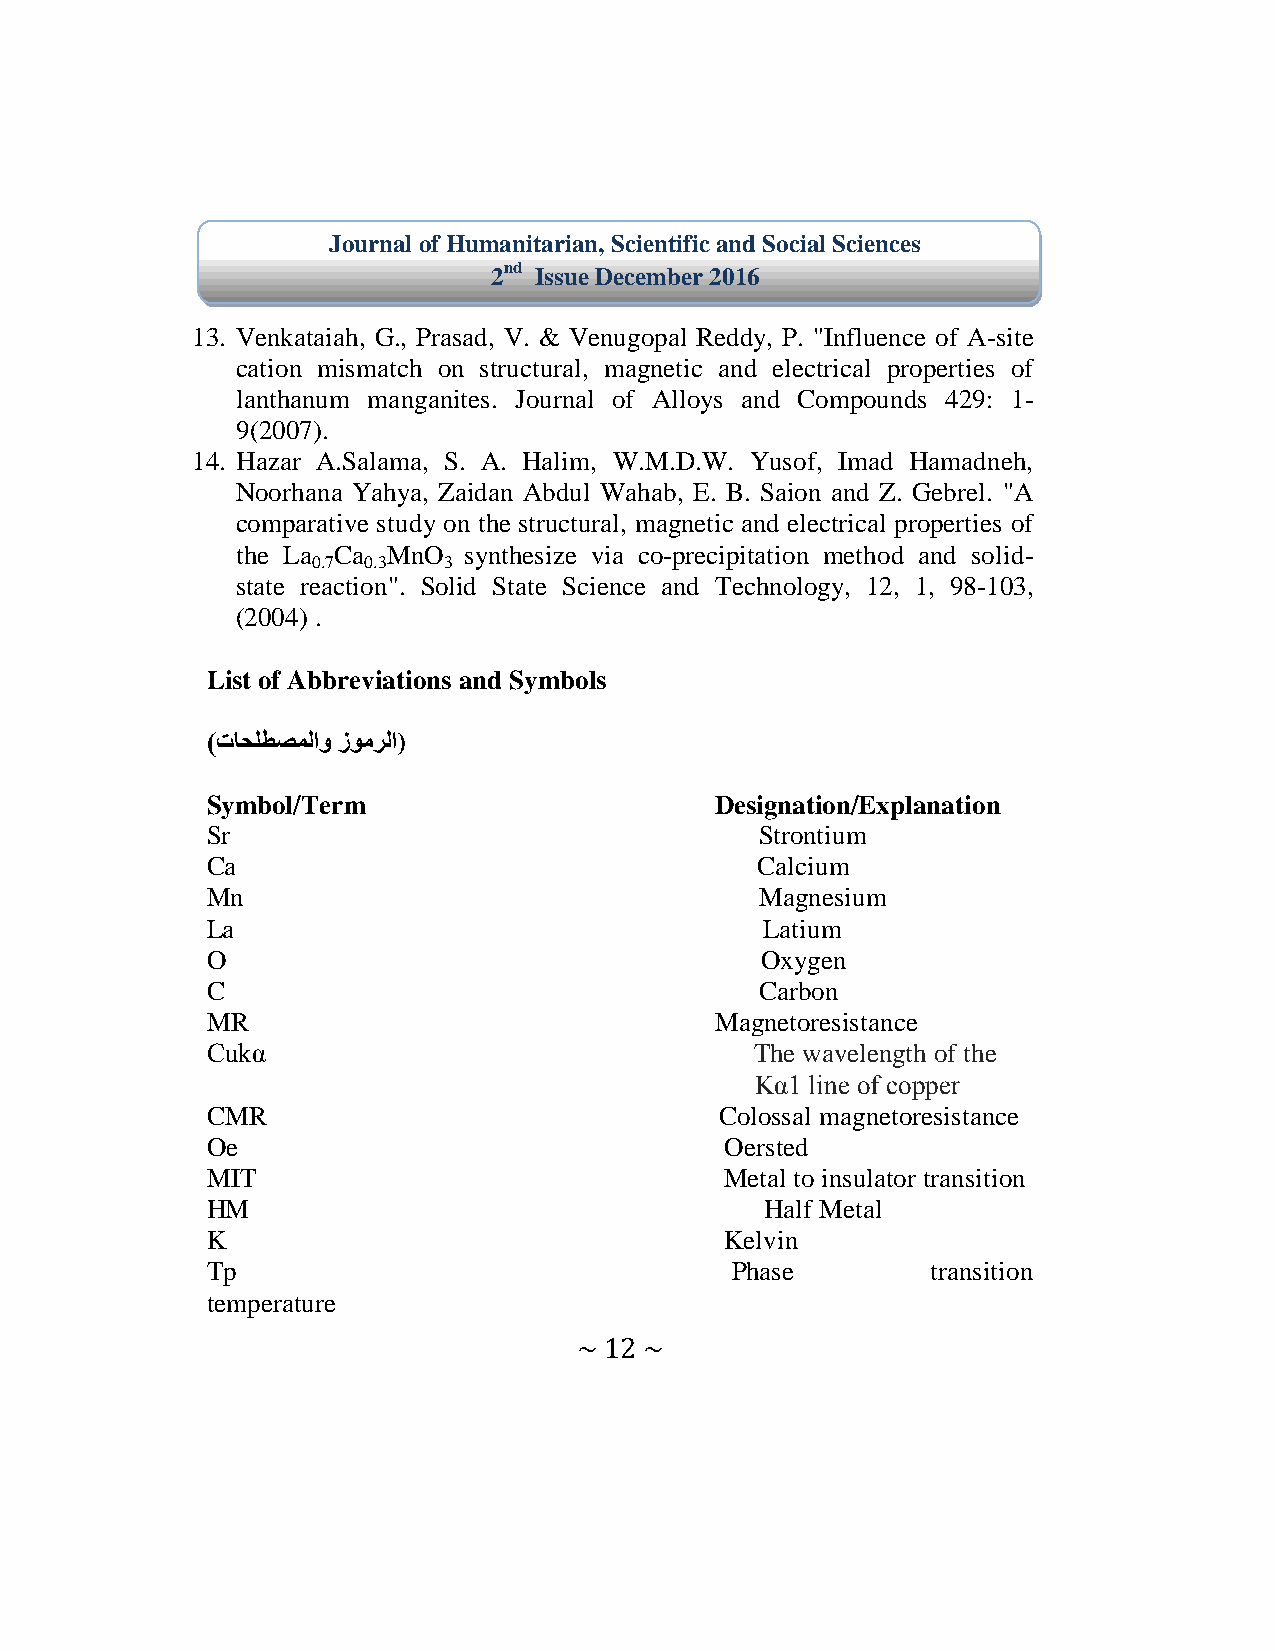
Journal of Humanitarian, Scientific and Social Sciences
 2nd Issue December 2016
 13. Venkataiah, G., Prasad, V. & Venugopal Reddy, P. "Influence of A-site
 cation mismatch on structural, magnetic and electrical properties of
 lanthanum manganites. Journal of Alloys and Compounds 429: 1-
 9(2007).
 14. Hazar A.Salama, S. A. Halim, W.M.D.W. Yusof, Imad Hamadneh,
 Noorhana Yahya, Zaidan Abdul Wahab, E. B. Saion and Z. Gebrel. "A
 comparative study on the structural, magnetic and electrical properties of
 the La Ca MnO  synthesize via co-precipitation method and solid-
 0.7 0.3 3
 state reaction". Solid State Science and Technology, 12, 1, 98-103,
 (2004) .
 List of Abbreviations and Symbols
 )تاحلطصملاو زومرلا)
 Symbol/Term                      Designation/Explanation
 Sr                                  Strontium
 Ca                                  Calcium
 Mn                                  Magnesium
 La                                   Latium
 O                                   Oxygen
 C                                   Carbon
 MR                               Magnetoresistance
 Cukα                                The wavelength of the
 Kα1 line of copper
 CMR                               Colossal magnetoresistance
 Oe                                Oersted
 MIT                               Metal to insulator transition
 HM                                   Half Metal
 K                                 Kelvin
 Tp                                Phase         transition
 temperature
 ~ 12 ~